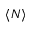
\langle N \rangle